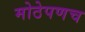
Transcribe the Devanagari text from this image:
मोठेपणच